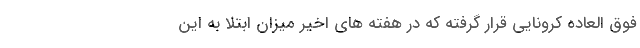
فوق العاده کرونایی قرار گرفته که در هفته های اخیر میزان ابتلا به این